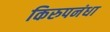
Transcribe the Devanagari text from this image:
किरुपनंधा